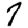
Digit: 7